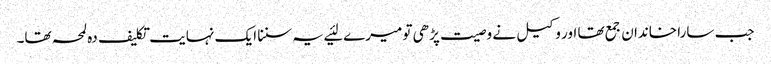
جب سارا خاندان جمع تھا اور وکیل نے وصیت پڑھی تو میرے لئیے یہ سننا ایک نہایت تکلیف دہ لمحہ تھا۔